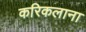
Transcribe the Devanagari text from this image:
करिकलाना